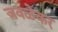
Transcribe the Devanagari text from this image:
जवळेकर